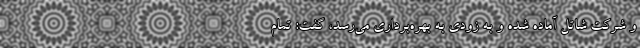
و شرکت شاتل آماده شده و به زودی به بهره‌برداری می‌رسد، گفت: تمام